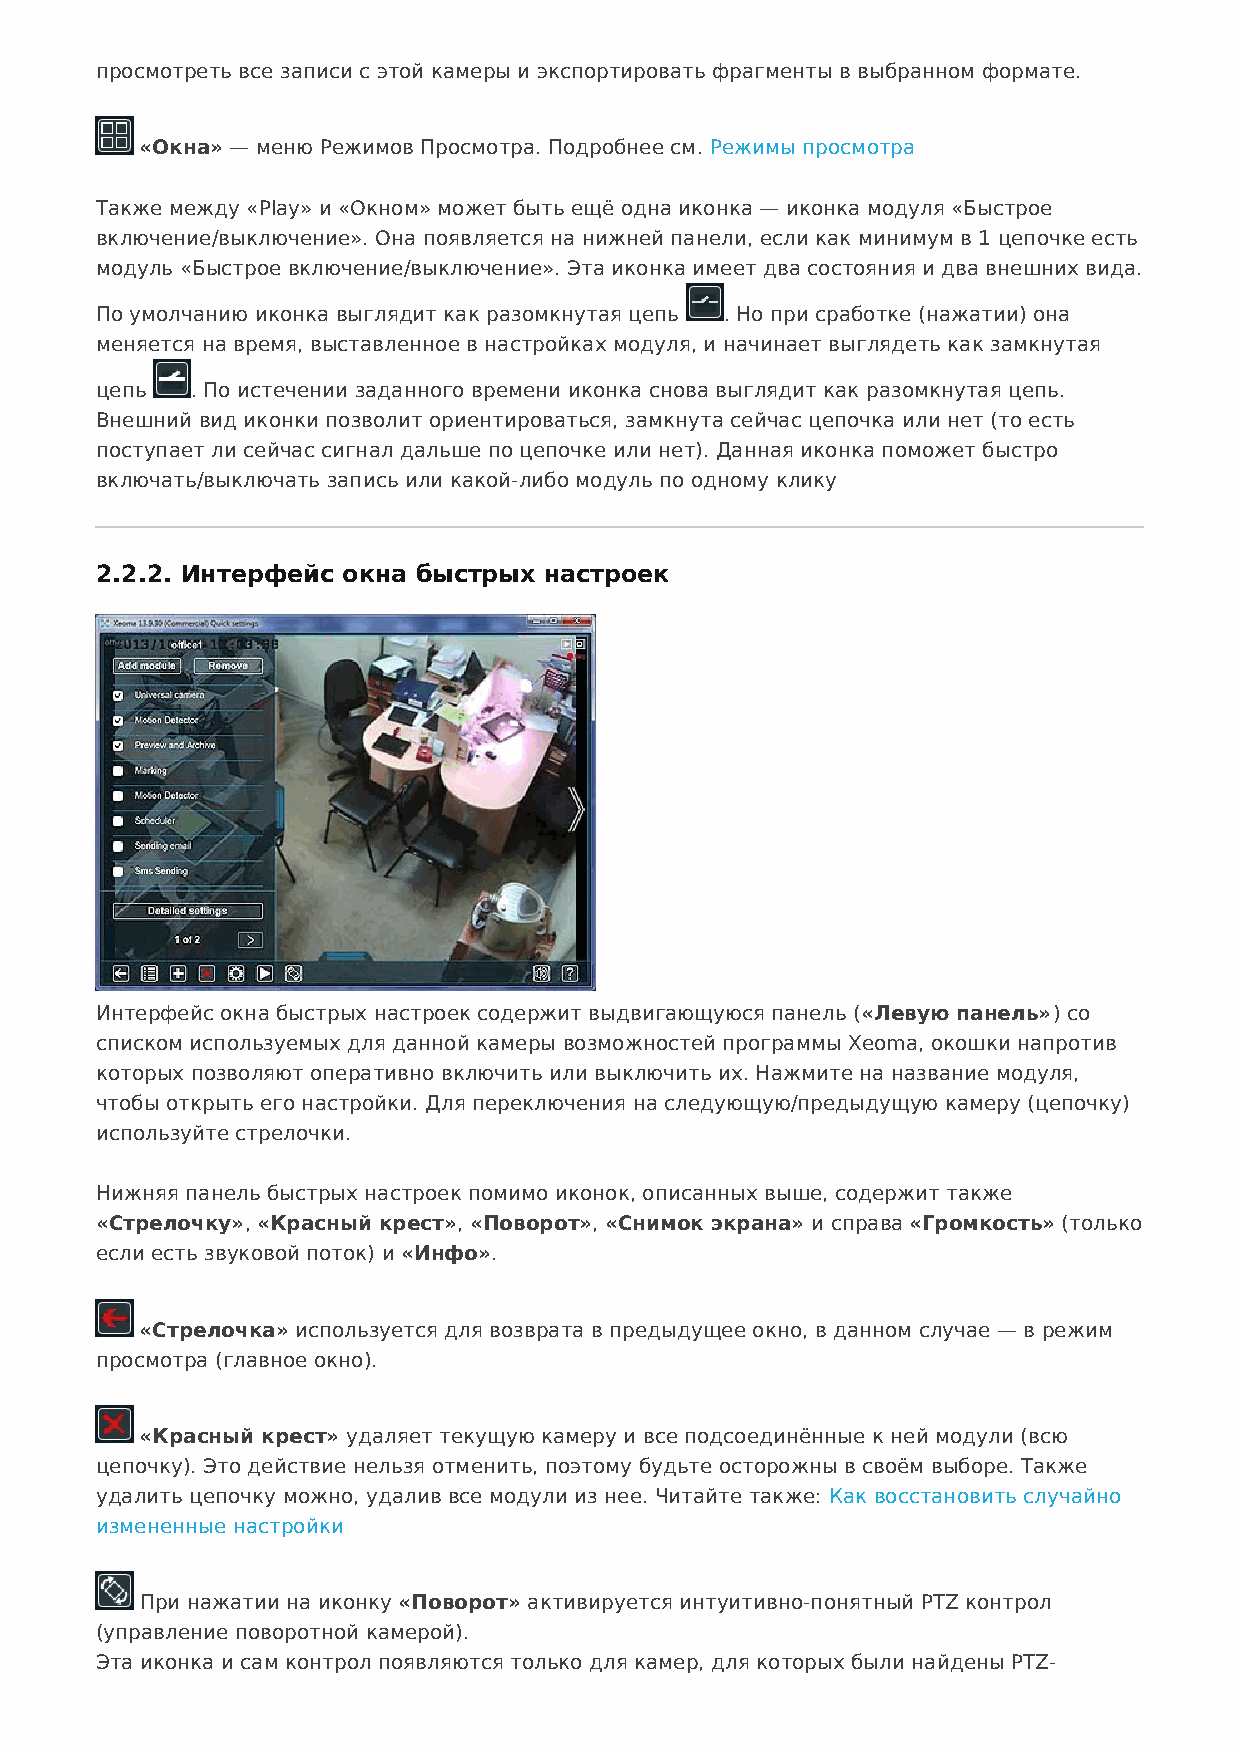
просмотреть все записи с этой камеры и экспортировать фрагменты в выбранном формате.
 «Окна» — меню Режимов Просмотра. Подробнее см. Режимы просмотра
 Также между «Play» и «Окном» может быть ещё одна иконка — иконка модуля «Быстрое
 включение/выключение». Она появляется на нижней панели, если как минимум в 1 цепочке есть
 модуль «Быстрое включение/выключение». Эта иконка имеет два состояния и два внешних вида.
 По умолчанию иконка выглядит как разомкнутая цепь . Но при сработке (нажатии) она
 меняется на время, выставленное в настройках модуля, и начинает выглядеть как замкнутая
 цепь   . По истечении заданного времени иконка снова выглядит как разомкнутая цепь.
 Внешний вид иконки позволит ориентироваться, замкнута сейчас цепочка или нет (то есть
 поступает ли сейчас сигнал дальше по цепочке или нет). Данная иконка поможет быстро
 включать/выключать запись или какой-либо модуль по одному клику
 2.2.2. Интерфейс окна быстрых настроек
 Интерфейс окна быстрых настроек содержит выдвигающуюся панель («Левую панель») со
 списком используемых для данной камеры возможностей программы Xeoma, окошки напротив
 которых позволяют оперативно включить или выключить их. Нажмите на название модуля,
 чтобы открыть его настройки. Для переключения на следующую/предыдущую камеру (цепочку)
 используйте стрелочки.
 Нижняя панель быстрых настроек помимо иконок, описанных выше, содержит также
 «Стрелочку», «Красный крест», «Поворот», «Снимок экрана» и справа «Громкость» (только
 если есть звуковой поток) и «Инфо».
 «Стрелочка» используется для возврата в предыдущее окно, в данном случае — в режим
 просмотра (главное окно).
 «Красный крест» удаляет текущую камеру и все подсоединённые к ней модули (всю
 цепочку). Это действие нельзя отменить, поэтому будьте осторожны в своём выборе. Также
 удалить цепочку можно, удалив все модули из нее. Читайте также: Как восстановить случайно
 измененные настройки
 При нажатии на иконку «Поворот» активируется интуитивно-понятный PTZ контрол
 (управление поворотной камерой).
 Эта иконка и сам контрол появляются только для камер, для которых были найдены PTZ-